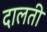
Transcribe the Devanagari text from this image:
दालती